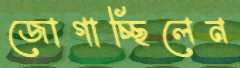
জোগাচ্ছিলেন